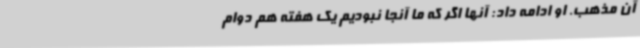
آن مذهب. او ادامه داد: آنها اگر که ما آنجا نبودیم یک هفته هم دوام